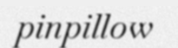
pinpillow